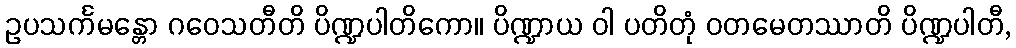
ဥပသင်္ကမန္တော ဂဝေသတီတိ ပိဏ္ဍပါတိကော။ ပိဏ္ဍာယ ဝါ ပတိတုံ ဝတမေတဿာတိ ပိဏ္ဍပါတီ,